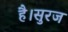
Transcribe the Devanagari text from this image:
है।सुरज